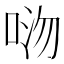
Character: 𫪏